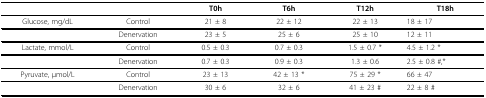
|  |  | T0h | T6h | T12h | T18h |
 | --- | --- | --- | --- | --- | --- |
 | Glucose, mg/dL | Control | 21 ± 8 | 22 ± 12 | 22 ± 13 | 18 ± 17 |
 |  | Denervation | 23 ± 5 | 25 ± 6 | 25 ± 10 | 12 ± 11 |
 | Lactate, mmol/L | Control | 0.5 ± 0.3 | 0.7 ± 0.3 | 1.5 ± 0.7 * | 4.5 ± 1.2 * |
 |  | Denervation | 0.7 ± 0.3 | 0.9 ± 0.3 | 1.3 ± 0.6 | 2.5 ± 0.8 #,* |
 | Pyruvate, μmol/L | Control | 23 ± 13 | 42 ± 13 * | 75 ± 29 * | 66 ± 47 |
 |  | Denervation | 30 ± 6 | 32 ± 6 | 41 ± 23 # | 22 ± 8 # |